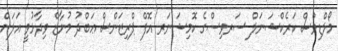
މޯލްޑިވްސް ކަރެކްޝަނަލް ސަރވިސްގެ ކޮމިޝަނަރ އޮފް ޕްރިޒަންސް ޢަބްދު މުނާޒް ވިދާޅުވީ އަލަށް